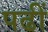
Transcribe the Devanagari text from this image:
पढीं